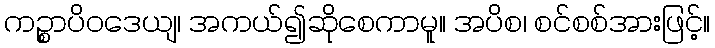
ကဉ္စာပိဝဒေယျ၊ အကယ်၍ဆိုစေကာမူ။ အပိစ၊ စင်စစ်အားဖြင့်။